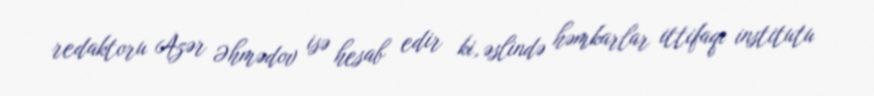
redaktoru Azər Əhmədov isə hesab edir ki, əslində həmkarlar ittifaqı institutu